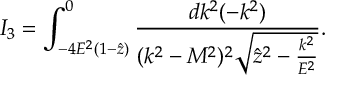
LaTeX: I _ { 3 } = \int _ { - 4 E ^ { 2 } ( 1 - \hat { z } ) } ^ { 0 } \frac { d k ^ { 2 } ( - k ^ { 2 } ) } { ( k ^ { 2 } - M ^ { 2 } ) ^ { 2 } \sqrt { \hat { z } ^ { 2 } - \frac { k ^ { 2 } } { E ^ { 2 } } } } .